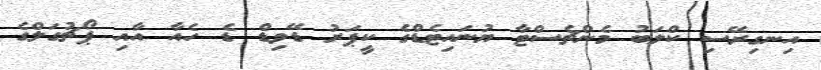
އިނގިރޭސި ކްލަބު މެންޗެސްޓާ ޔުނައިޓެޑްގެ ކީޕަރު ޑޭވިޑް ޑެ ހެއާ އާއި ޕޯޗުގަލްގެ